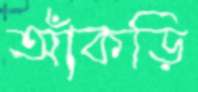
আঁকড়ি